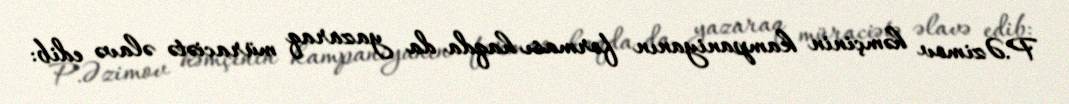
P.Əzimov həmçinin kampaniyanın forması haqda da yazaraq müraciətə əlavə edib: